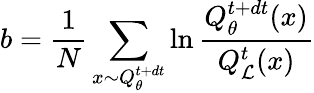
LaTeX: b=\frac{1}{N}\sum_{x\sim Q_{\theta}^{t+dt}}\ln\frac{Q_{\theta}^{t+dt}(x)}{Q_{\mathcal{L}}^{t}(x)}